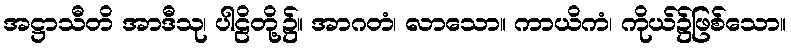
အဋ္ဌာသီတိ အာဒီသု၊ ပါဠိတို့၌။ အာဂတံ၊ လာသော။ ကာယိကံ၊ ကိုယ်၌ဖြစ်သော။